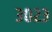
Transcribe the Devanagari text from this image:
३०२३